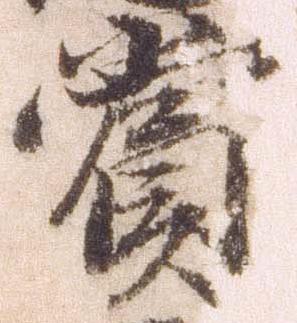
賞